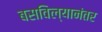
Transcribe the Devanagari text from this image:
बसविल्यानंतर